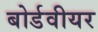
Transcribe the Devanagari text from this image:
बोर्डवीयर